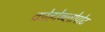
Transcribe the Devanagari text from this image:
कोहोब्ब्लोपोट